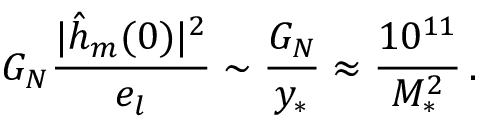
G _ { N } { \frac { | \hat { h } _ { m } ( 0 ) | ^ { 2 } } { e _ { l } } } \sim { \frac { G _ { N } } { y _ { * } } } \approx { \frac { 1 0 ^ { 1 1 } } { M _ { * } ^ { 2 } } } \, .